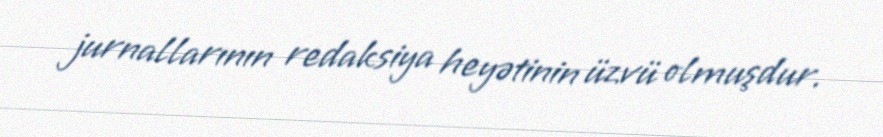
jurnallarının redaksiya heyətinin üzvü olmuşdur.